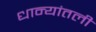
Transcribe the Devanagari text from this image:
धान्यांतली